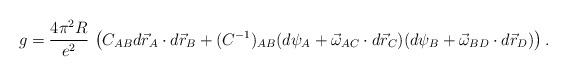
LaTeX: \begin{align*}g=\frac{4\pi^2 R}{e^2}\,\left(C_{AB}d\vec r_A\cdot d\vec r_B + (C^{-1})_{AB} (d\psi_A+\vec \omega_{AC}\cdot d\vec r_C)(d\psi_B+\vec \omega_{BD} \cdot d\vec r_D)\right) .\end{align*}